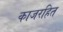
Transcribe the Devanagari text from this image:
काजरहित